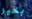
بخير